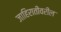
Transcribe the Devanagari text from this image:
जाहिरातीवरील